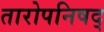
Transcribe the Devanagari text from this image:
तारोपनिषद्